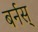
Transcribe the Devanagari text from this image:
बर्नस्